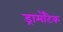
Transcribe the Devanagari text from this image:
ड्रामॅटिक